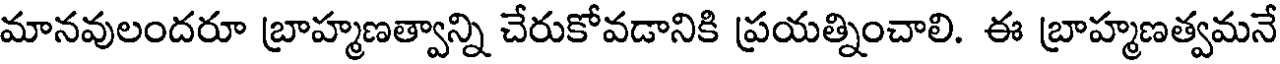
మానవులందరూ బ్రాహ్మణత్వాన్ని చేరుకోవడానికి ప్రయత్నించాలి. ఈ బ్రాహ్మణత్వమనే